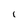
Character: i